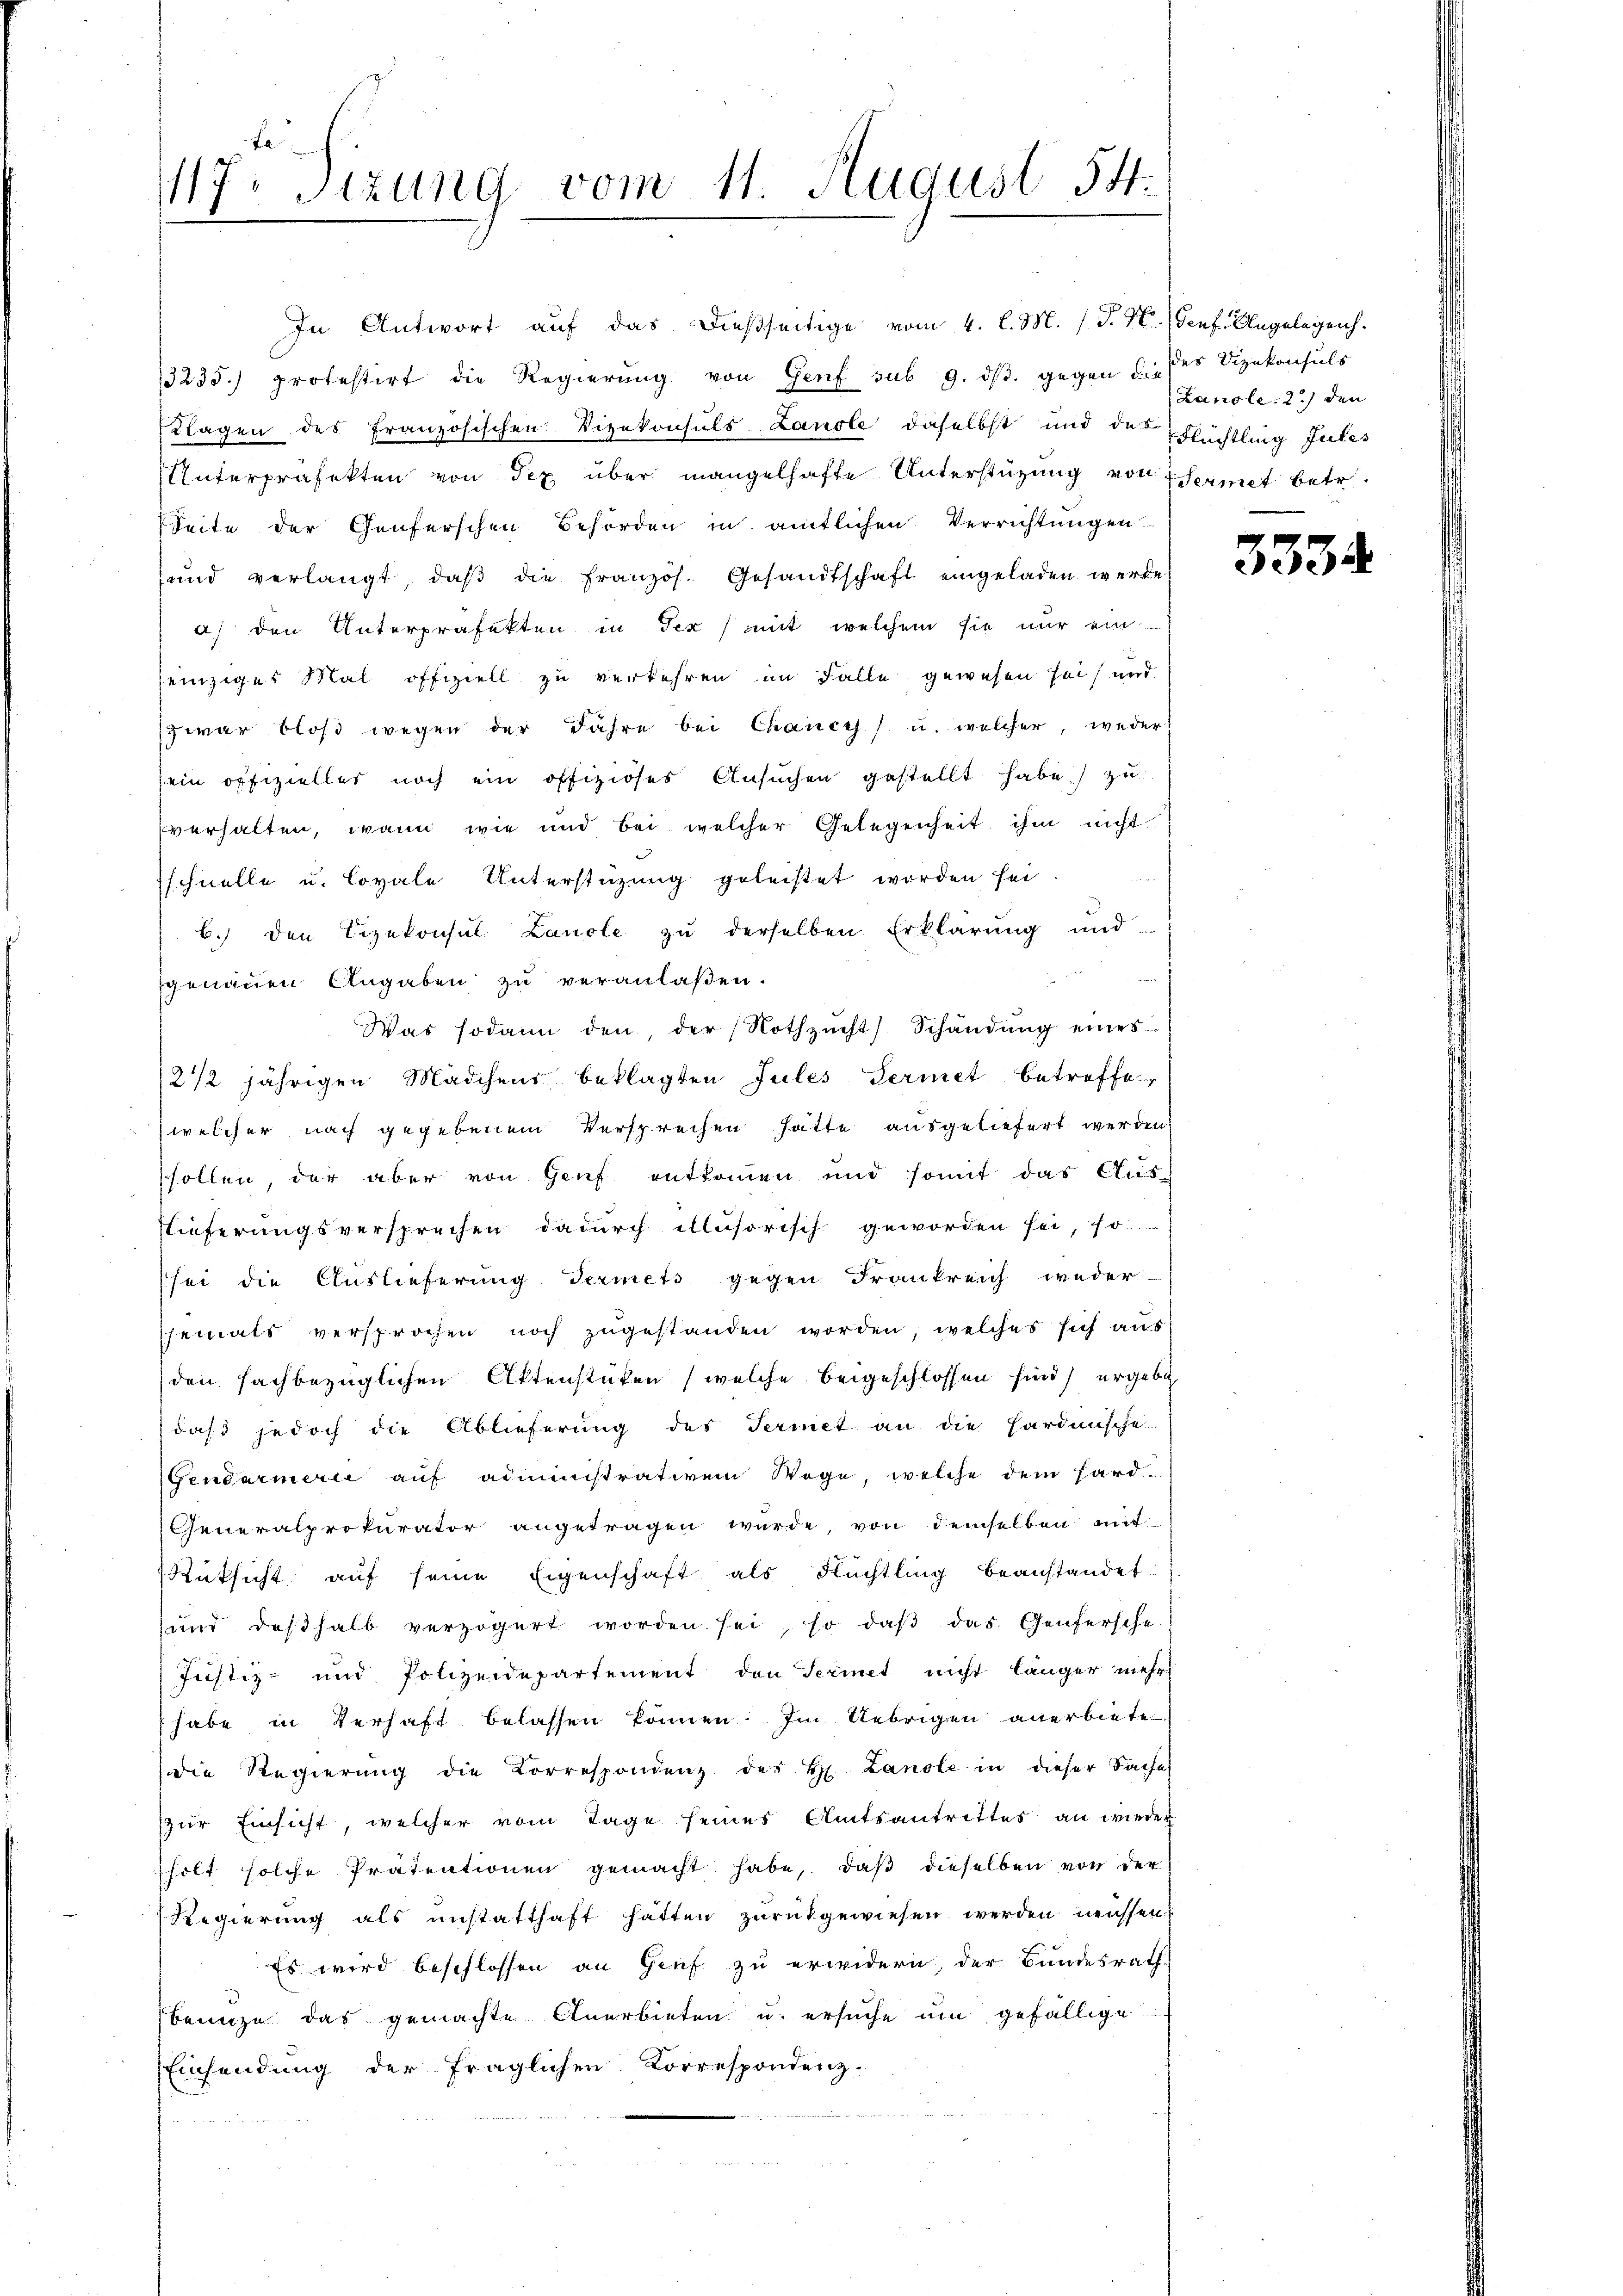
In Antwort auf das dießseitige vom 4. l. M. h. T. N. (Genf. Ungelegenh
3235. protestirt die Regierŭng von Genf sub 9. dβ. gegen d. des Vizekonsuls
Klagen des Französischen Vizekonsuls Lanole daselbst und der Flüchtling Julis
Unterpräfekten von Tex über mangelhafte Unterstützung von Termit betr.
Seite der Genferschen Behörden in amtlichen Verrichtungen
und verlangt, daβ die Französ. Gesandtschaft eingeladen werde
a) den Unterpräfekten in Tex) mit welchem sie nur ein
heinziges Mal offiziell zu verkehren im Falle gewesen sei, und
zwar bloß wegen der Jahre bei Chancy) u. welcher, weder
sein offizieller noch ein offiziöses Ansŭchen gestellt habe) zu
verhalten, wenn wie und bei welcher Gelegenheit ihm nicht
schnelle u. Covale Unterstüzung geleistet worden sei.
6.) den Vizekonsul Landte zu derselben Erklärung und
genauen Angaben zu veranlaßen.
Was sodann den, der Nothzucht) Schändŭng eines
12 1/2 jährigen Mädchens beklagten Jules Sermet betreffe,
welcher nach gegebenem Versprechen hatte ausgeliefert werden,
sollen, der aber von Genf entkommen und somit das Aŭs-
slieferungsversprechen dadurch illusorisch geworden sei, so
sei die Auslieferung dermets gegen Frankreich weder
jemals versprochen noch zŭgestanden worden, welches sich aus
den sachbezüglichen Aktenstüken (welche beigeschlossen sind, ergebe
) daß jedoch die Ablieferung des Termet an die Hardunsche
Gendarmern auf administrativem Wege, welche dem Hard-
Generalprokurator angetragen würde, von demselben mit
Rütsicht auf seine Eigenschaft als Flüchtling beanstandet.
und deßhalb verzögert worden sei, so daß das Genfersche
Justiz- und Polizeidepartement den Feriet nicht länger mehr
habe in Verhaft belassen können. Im Uebrigen anerbiete
die Regierŭng die Korrespondenz des H. Landle in dieser Sache
zur Einsicht, welcher vom Tage seines Amtsantrittes an wieder
hilt solche Prätentionen gemacht habe, daβ dieselben von der
Regierŭng als unstatthaft hatten zŭrückgewiesen werden müssen.
Es wird beschlossen an Genf zu erwidern, der Bundesrath
benuze das gemachte Anerbieten u. ersuche um gefällige
Einsendung der fraglichen Correspondenz.

J. A.
117. Jezung vom 11. August 54.

Lanole: 2.) den

333.